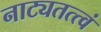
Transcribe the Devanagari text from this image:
नाट्यतत्त्वं